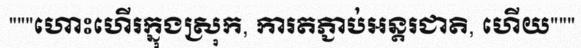
"""ហោះហើរក្នុងស្រុក, ការតភ្ជាប់អន្តរជាតិ, ហើយ"""